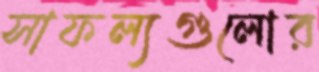
সাফল্যগুলোর